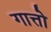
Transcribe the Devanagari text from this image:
गात्तो